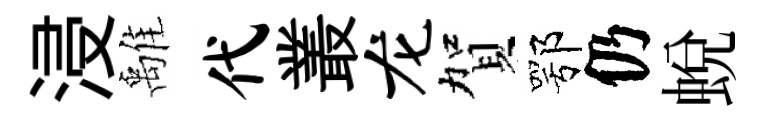
浸𩀌代叢龙賀鄂仍蛻